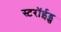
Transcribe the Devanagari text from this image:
स्टरॉईड्स